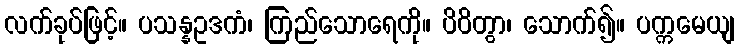
လက်ခုပ်ဖြင့်။ ပသန္နဥဒကံ၊ ကြည်သောရေကို။ ပိဝိတွာ၊ သောက်၍။ ပက္ကမေယျ